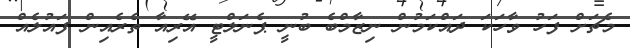
މެޗަށް ފަހު ވާހަކަ ދައްކަމުން ނިޒާމްބެ ބުނީ ޕެނަލްޓީ އޭރިއާ ތެރެއިން ފައުލެއް